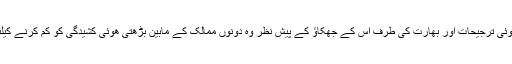
اب دیکھنا یہ ھے کہ امریکہ کی بدلتی ھوئی ترجیحات اور بھارت کی طرف اس کے جھکاؤ کے پیش نظر وہ دونوں ممالک کے مابین بڑھتی ھوئی کشیدگی کو کم کرنے کیلئے کس طرح اور کیا مداخلت کرئینگے۔